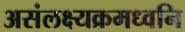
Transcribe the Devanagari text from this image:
असंलक्ष्यक्रमध्वनि